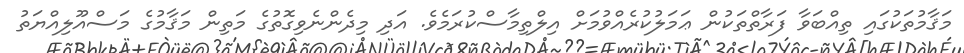
މަޤާމުތަކުގައި ތިއްބަވާ ފަރާތްތަކުން ޢަމަލުކުރެއްވުމަށް އިލްތިމާސްކުރަމެވެ. އަދި މިދެންނެވިގޮތުގެ މަތިން މަޤާމުގެ މަސްއޫލިއްޔަތު